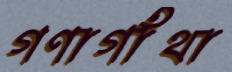
গণাগাঁথা